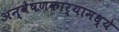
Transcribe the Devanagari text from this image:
अन्वेषणकार्यामध्ये